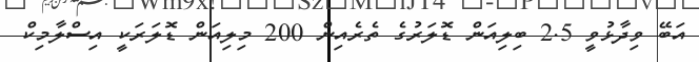
އަބޭ ވިދާޅުވީ 2.5 ބިލިއަން ޑޮލަރުގެ ތެރެއިން 200 މިލިއަން ޑޮލަރަކީ އިސްލާމިކް